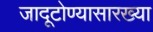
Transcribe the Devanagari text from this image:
जादूटोण्यासारख्या